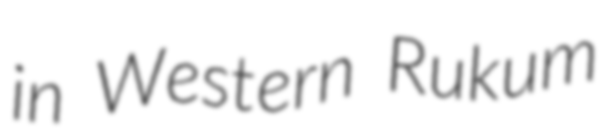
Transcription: in Western Rukum